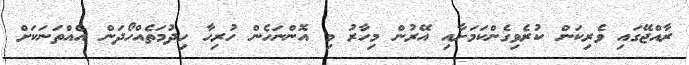
ރާއްޖޭގައި ވެރިކަން ކުރެވިގެންކަމަށާއި އޭރުން މިހާރު މި އޮންނަހެން ހުރިހާ ހިދުމަތެއްހޯދަން އެއްތަނަކަށް